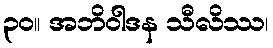
၃၀။ အဘိဝါဒန သီလိဿ၊